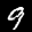
Label: 9